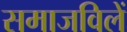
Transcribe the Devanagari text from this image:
समाजविलें